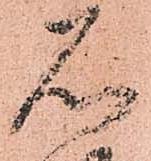
石